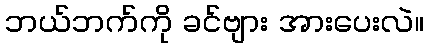
ဘယ်ဘက်ကို ခင်ဗျား အားပေးလဲ။